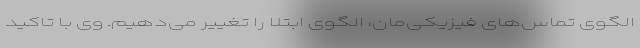
الگوی تماس‌های فیزیکی‌مان، الگوی ابتلا را تغییر می‌دهیم. وی با تاکید